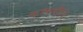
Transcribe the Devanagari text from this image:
कम्पनील